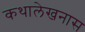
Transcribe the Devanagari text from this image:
कथालेखनास